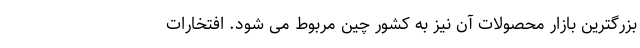
بزرگترین بازار محصولات آن نیز به کشور چین مربوط می شود. افتخارات